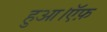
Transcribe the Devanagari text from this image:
हुआ।ऍफ़